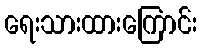
ရေးသားထားကြောင်း